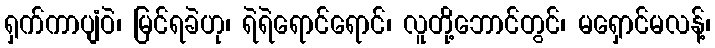
ရှက်ကာပျံဝဲ၊ မြင်ရခဲဟု၊ ရဲရဲရောင်ရောင်၊ လူတို့ဘောင်တွင်၊ မရှောင်မလန့်၊